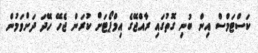
ކަސްޓަމްސް އިން ބުނި ގޮތުގައި ރާއްޖޭގެ އިމްޕޯޓަށް ކުރަން ޖެހޭ ހޭދަ ދަށްވަމުން